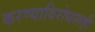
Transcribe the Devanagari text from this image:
करण्याविरोधातही